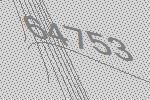
64753